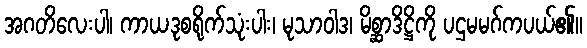
အဂတိလေးပါ၊ ကာယဒုစရိုက်သုံးပါး၊ မုသာဝါဒ၊ မိစ္ဆာဒိဋ္ဌိကို ပဌမမဂ်ကပယ်၏။